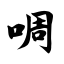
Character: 啁